Scientific memoirs by medical officers of the Army of India - Part VII,
Year: 1892
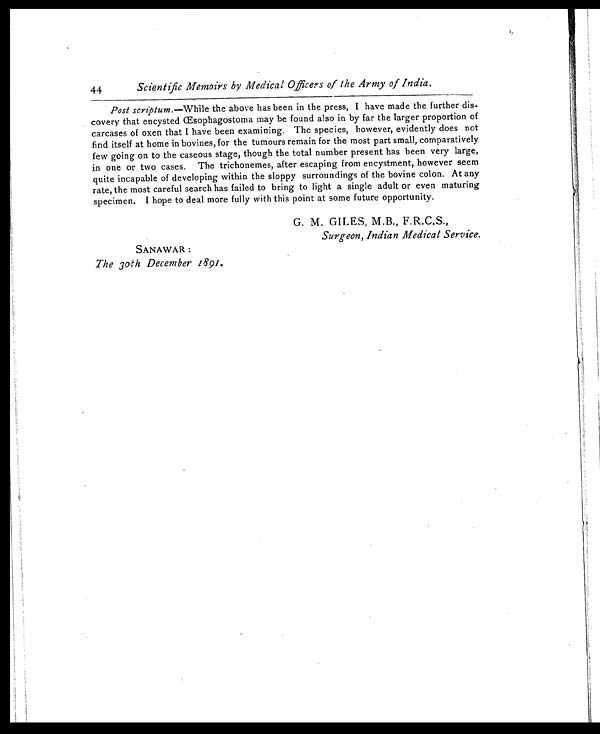
44
Scientific Memoirs by Medical Officers of the Army of India.
Post scriptum. —While the above has been in the press, I have made the further dis-
covery that encysted Œsophagostoma may be found also in by far the larger proportion of
carcases of oxen that I have been examining. The species, however, evidently does not
find itself at home in bovines, for the tumours remain for the most part small, comparatively
few going on to the caseous stage, though the total number present has been very large,
in one or two cases. The trichonemes, after escaping from encystment, however seem
quite incapable of developing within the sloppy surroundings of the bovine colon. At any
rate, the most careful search has failed to bring to light a single adult or even maturing
specimen. I hope to deal more fully with this point at some future opportunity.
G. M. GILES, M.B., F.R.C.S.,
Surgeon, Indian Medical Service.
SANAWAR :
The 30th December 1891.